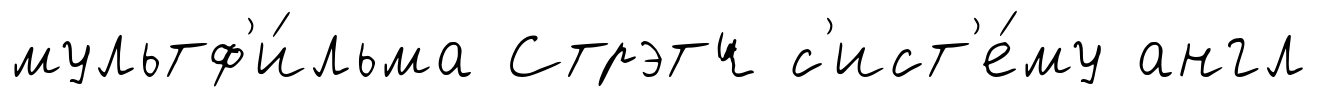
мультф'и́льма Стрэтч с'ист'е́му англ